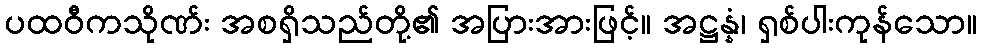
ပထဝီကသိုဏ်း အစရှိသည်တို့၏ အပြားအားဖြင့်။ အဋ္ဌန္နံ၊ ရှစ်ပါးကုန်သော။